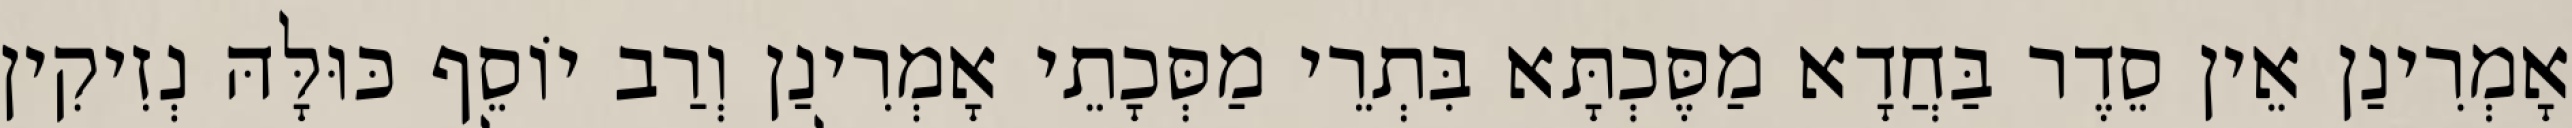
אָמְרִינַן אֵין סֵדֶר בַּחֲדָא מַסֶּכְתָּא בִּתְרֵי מַסְּכָתֵי אָמְרִינַן וְרַב יוֹסֵף כּוּלָּהּ נְזִיקִין